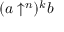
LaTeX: ( a \uparrow ^ { n } ) ^ { k } b